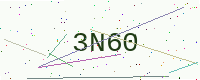
Text: 3N60